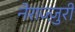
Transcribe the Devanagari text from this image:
नेराज्ज़ुरी